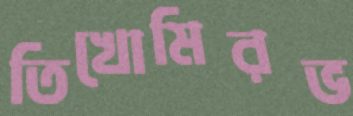
তিখোমিরভ